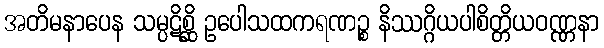
အတိမနာပေန သမ္ပဋိစ္ဆိ ဥပေါသထကရဏဉ္စ နိဿဂ္ဂိယပါစိတ္တိယဝဏ္ဏနာ